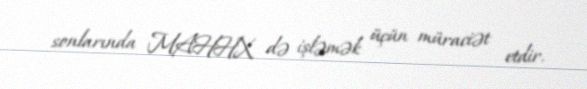
sonlarında MAHHX də işləmək üçün müraciət etdir.